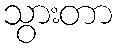
သွားတာ